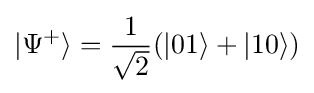
|\Psi ^{+}\rangle ={\frac {1}{\sqrt {2}}}(|01\rangle +|10\rangle )